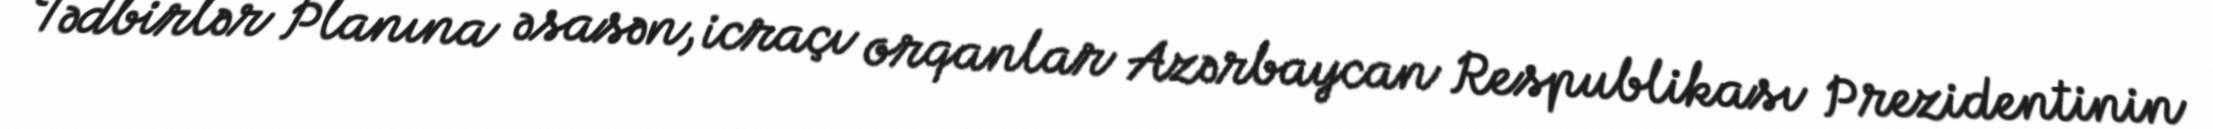
Tədbirlər Planına əsasən, icraçı orqanlar Azərbaycan Respublikası Prezidentinin